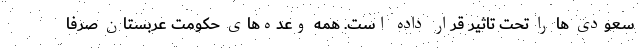
سعودی ها را تحت تاثیر قرار داده است. همه وعده‌های حکومت عربستان صرفاً